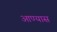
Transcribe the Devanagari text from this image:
आण्यास